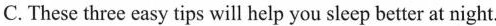
C. These three easy tips will help you sleep better at night.